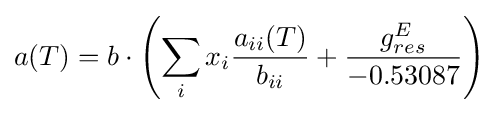
a(T)=b\cdot \left(\sum _{i}{x_{i}}{\frac {a_{ii}(T)}{b_{ii}}}+{\frac {g_{res}^{E}}{-0.53087}}\right)